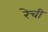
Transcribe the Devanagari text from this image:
रेची